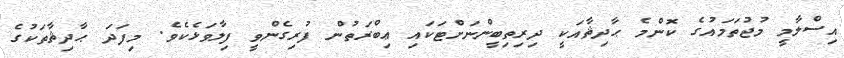
އިސްލާމީ މުޖުތަމައުގެ ކޮންމެ ޙާދިޘާއަކީ ދިރިތިބީންނަށްޓަކައި ޢިބްރަތުން ފުރިގެންވީ ފިލާވަޅެކެވެ. މިފަދަ ޙާދިޘާތަކުގެ